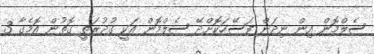
ސެލްމޮން އިން ނިދަން ފަސޭހަކޮށްދޭ ސެލްމޮން އަކީ ގުދުރަތީ ގޮތުން އޮމެގާ 3